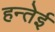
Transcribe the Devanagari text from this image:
हन्तेई